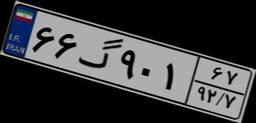
۶۶گ۹۰۱۶۷